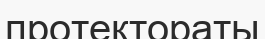
протектораты